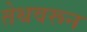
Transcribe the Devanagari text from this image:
तेथवरून